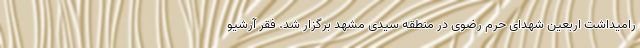
رامیداشت اربعین شهدای حرم رضوی در منطقه سیدی مشهد برگزار شد. فقر آرشیو